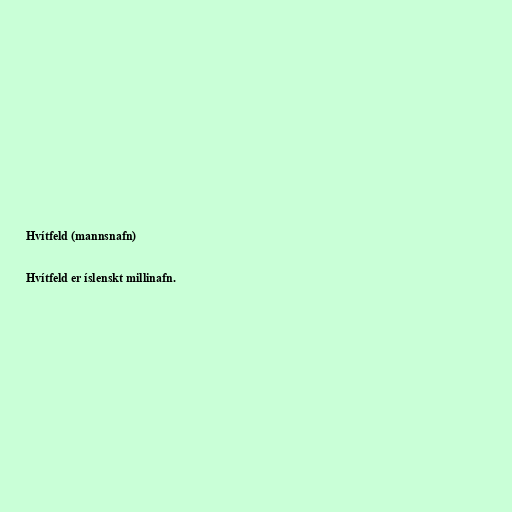
Hvítfeld (mannsnafn)

Hvítfeld er íslenskt millinafn.